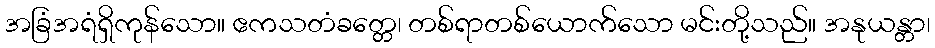
အခြံအရံရှိကုန်သော။ ဧကသတံခတ္တေ၊ တစ်ရာတစ်ယောက်သော မင်းတို့သည်။ အနုယန္တာ၊